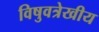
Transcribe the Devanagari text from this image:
विषुवत्रेखीय